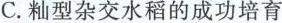
C. 籼型杂交水稻的成功培育